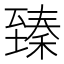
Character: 臻